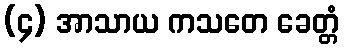
(၄) အာသာယ ကသတေ ခေတ္တံ